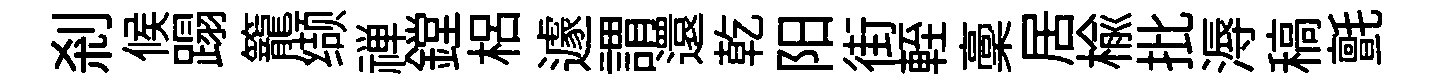
剎候蹋籠缬禅鏜梠遽謂還乾阳街輊稾居楡批溽稿氈